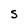
Character: S